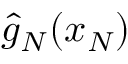
{ \hat { g } } _ { N } ( x _ { N } )